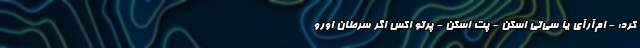
کرد: - ام‌آر‌آی یا سی‌تی اسکن - پت اسکن - پرتو اکس اگر سرطان اورو